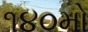
૧૪૦મો